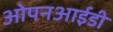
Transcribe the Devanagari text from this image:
ओपनआईडी